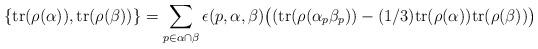
LaTeX: \begin{align*}\{\mathrm{tr}(\rho(\alpha)),\mathrm{tr}(\rho(\beta))\}&=\sum_{p\in \alpha\cap\beta}\epsilon(p,\alpha,\beta)\big((\mathrm{tr}(\rho(\alpha_p\beta_p))-(1/3)\mathrm{tr} (\rho(\alpha))\mathrm{tr}(\rho(\beta))\big)\end{align*}